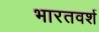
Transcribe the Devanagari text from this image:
भारतवर्श